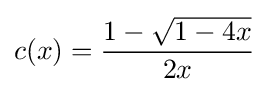
c(x)={\frac {1-{\sqrt {1-4x}}}{2x}}